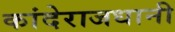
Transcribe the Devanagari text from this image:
कांदेराजधानी